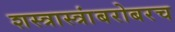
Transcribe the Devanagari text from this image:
शस्त्रास्त्रांबरोबरच